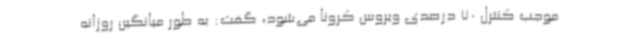
موجب کنترل 70 درصدی ویروس کرونا می‌شود، گفت: به طور میانگین روزانه